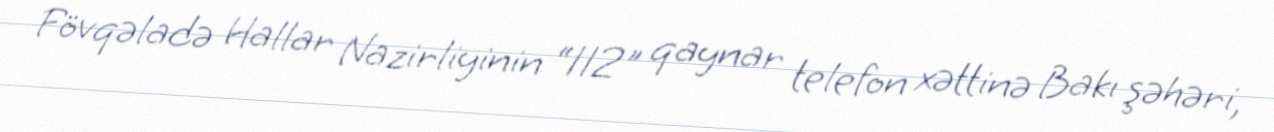
Fövqəladə Hallar Nazirliyinin “112" qaynar telefon xəttinə Bakı şəhəri,